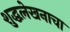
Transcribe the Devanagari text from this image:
शुद्धलेखनाचा